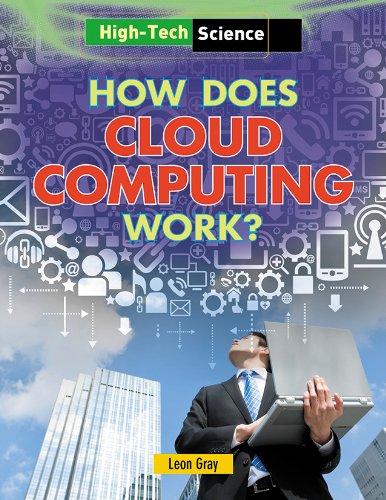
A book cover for How Does Cloud Computing Work? (High-Tech Science); Leon Gray; Children's Books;